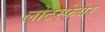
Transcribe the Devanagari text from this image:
लोटस्फेयर